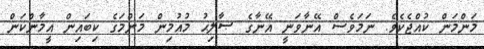
މަންމަން ކުއްޖެކެވެ. ނަމަވެސް އޭނާވަނީ އޭނާގެ ޞާލިޙު މުއުމިން މަންމަގެ ކިބައިން އީމާންކަން